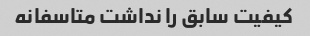
کیفیت سابق را نداشت متاسفانه